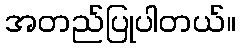
အတည်ပြုပါတယ်။